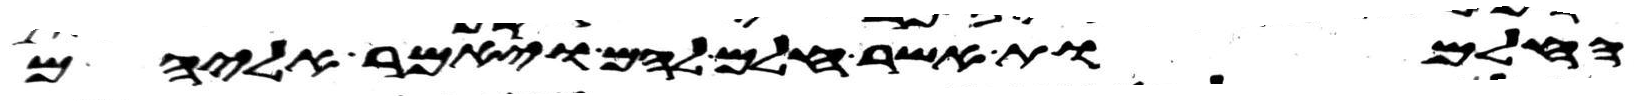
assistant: החלמות אשר חלם להם ויאמר אליהם